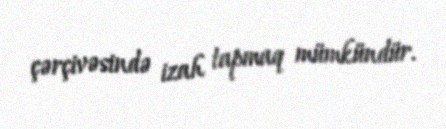
çərçivəsində izah tapmaq mümkündür.